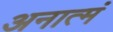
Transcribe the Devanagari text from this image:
अनात्मं